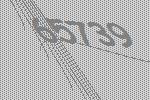
65739